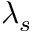
\lambda _ { s }